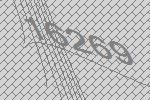
16269